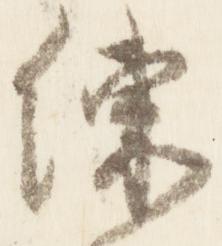
練